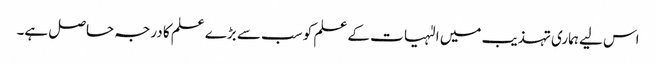
اس لیے ہماری تہذیب میں الٰہیات کے علم کو سب سے بڑے علم کا درجہ حاصل ہے۔